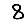
Digit: 8